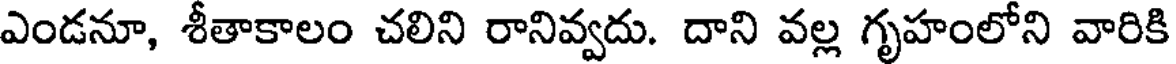
ఎండనూ, శీతాకాలం చలిని రానివ్వదు. దాని వల్ల గృహంలోని వారికి